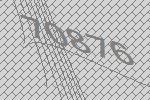
70876